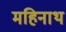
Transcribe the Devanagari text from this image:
महिनाथ